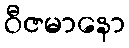
ဝီဇမာနော